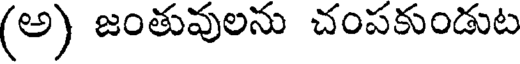
(అ) జంతువులను చంపకుండుట